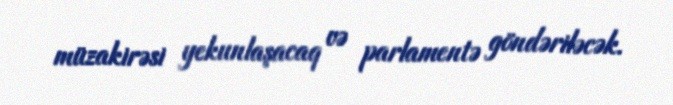
müzakirəsi yekunlaşacaq və parlamentə göndəriləcək.